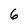
Character: 6